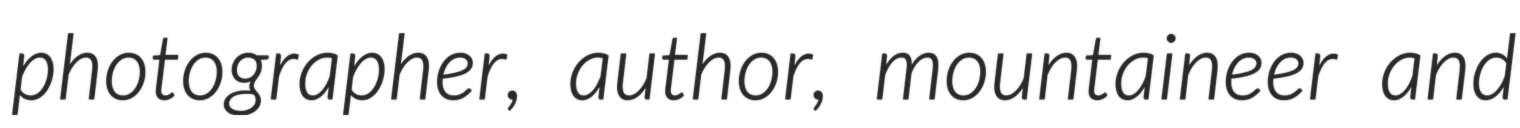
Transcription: photographer, author, mountaineer and